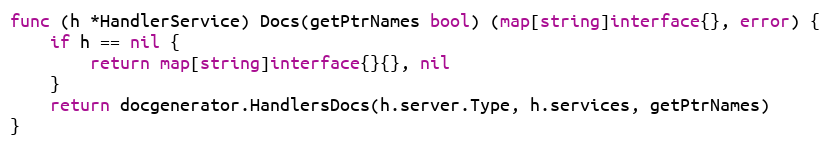
Language: Go
func (h *HandlerService) Docs(getPtrNames bool) (map[string]interface{}, error) {
	if h == nil {
		return map[string]interface{}{}, nil
	}
	return docgenerator.HandlersDocs(h.server.Type, h.services, getPtrNames)
}